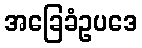
အခြေခံဥပဒေ